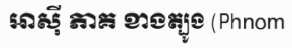
អាស៊ី ភាគ ខាងត្បូង (Phnom